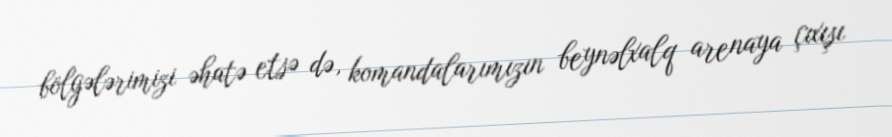
bölgələrimizi əhatə etsə də, komandalarımızın beynəlxalq arenaya çıxışı